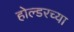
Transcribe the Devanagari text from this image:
होल्डरच्या